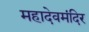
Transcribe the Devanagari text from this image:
महादेवमंदिर